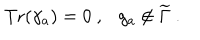
\mathrm { T r } ( \gamma _ { a } ) = 0 ~ , g _ { a } \not \in { \widetilde \Gamma } ~ .